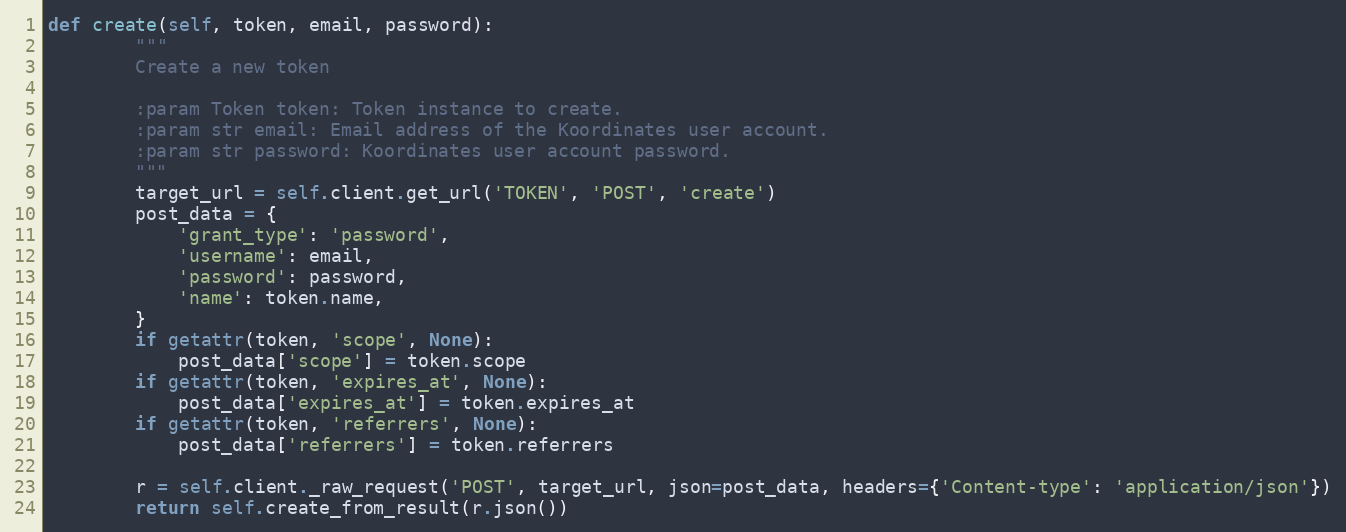
Language: Python
def create(self, token, email, password):
        """
        Create a new token

        :param Token token: Token instance to create.
        :param str email: Email address of the Koordinates user account.
        :param str password: Koordinates user account password.
        """
        target_url = self.client.get_url('TOKEN', 'POST', 'create')
        post_data = {
            'grant_type': 'password',
            'username': email,
            'password': password,
            'name': token.name,
        }
        if getattr(token, 'scope', None):
            post_data['scope'] = token.scope
        if getattr(token, 'expires_at', None):
            post_data['expires_at'] = token.expires_at
        if getattr(token, 'referrers', None):
            post_data['referrers'] = token.referrers

        r = self.client._raw_request('POST', target_url, json=post_data, headers={'Content-type': 'application/json'})
        return self.create_from_result(r.json())